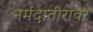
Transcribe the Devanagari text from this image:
नर्मदातीरावर